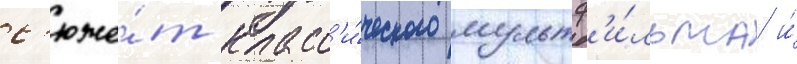
с'юже́т класс'и́ческого мультф'и́льма и́